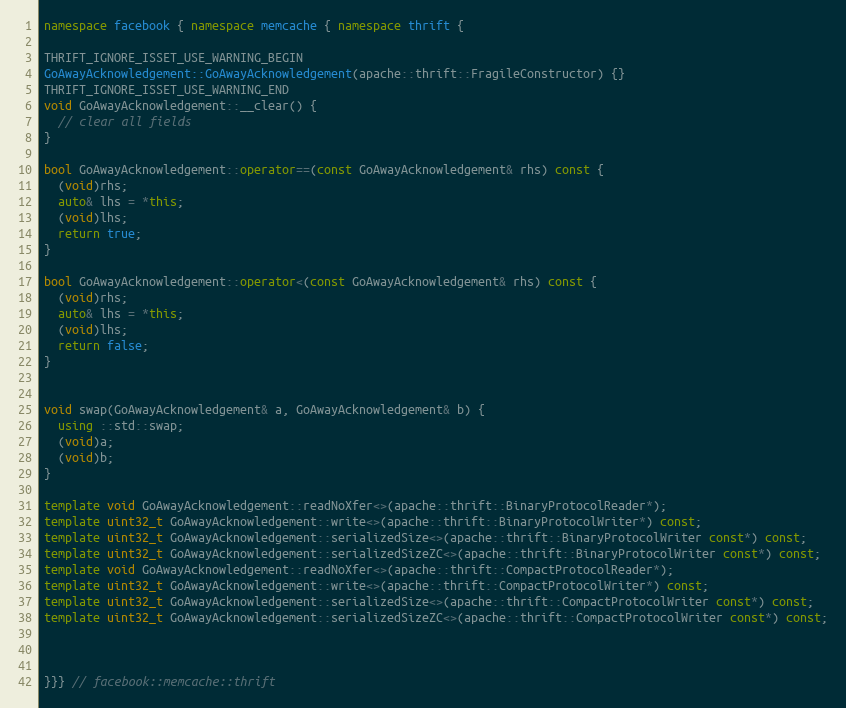
Language: C++
namespace facebook { namespace memcache { namespace thrift {

THRIFT_IGNORE_ISSET_USE_WARNING_BEGIN
GoAwayAcknowledgement::GoAwayAcknowledgement(apache::thrift::FragileConstructor) {}
THRIFT_IGNORE_ISSET_USE_WARNING_END
void GoAwayAcknowledgement::__clear() {
  // clear all fields
}

bool GoAwayAcknowledgement::operator==(const GoAwayAcknowledgement& rhs) const {
  (void)rhs;
  auto& lhs = *this;
  (void)lhs;
  return true;
}

bool GoAwayAcknowledgement::operator<(const GoAwayAcknowledgement& rhs) const {
  (void)rhs;
  auto& lhs = *this;
  (void)lhs;
  return false;
}

void swap(GoAwayAcknowledgement& a, GoAwayAcknowledgement& b) {
  using ::std::swap;
  (void)a;
  (void)b;
}

template void GoAwayAcknowledgement::readNoXfer<>(apache::thrift::BinaryProtocolReader*);
template uint32_t GoAwayAcknowledgement::write<>(apache::thrift::BinaryProtocolWriter*) const;
template uint32_t GoAwayAcknowledgement::serializedSize<>(apache::thrift::BinaryProtocolWriter const*) const;
template uint32_t GoAwayAcknowledgement::serializedSizeZC<>(apache::thrift::BinaryProtocolWriter const*) const;
template void GoAwayAcknowledgement::readNoXfer<>(apache::thrift::CompactProtocolReader*);
template uint32_t GoAwayAcknowledgement::write<>(apache::thrift::CompactProtocolWriter*) const;
template uint32_t GoAwayAcknowledgement::serializedSize<>(apache::thrift::CompactProtocolWriter const*) const;
template uint32_t GoAwayAcknowledgement::serializedSizeZC<>(apache::thrift::CompactProtocolWriter const*) const;

}}} // facebook::memcache::thrift